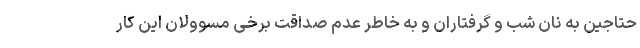
حتاجین به نان شب و گرفتاران و به خاطر عدم صداقت برخی مسوولان این کار